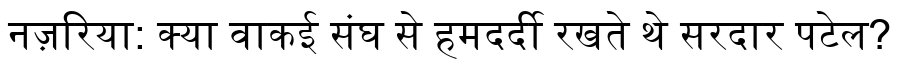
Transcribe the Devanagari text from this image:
नज़रिया: क्या वाकई संघ से हमदर्दी रखते थे सरदार पटेल?